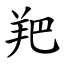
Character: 羓